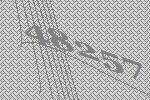
48257